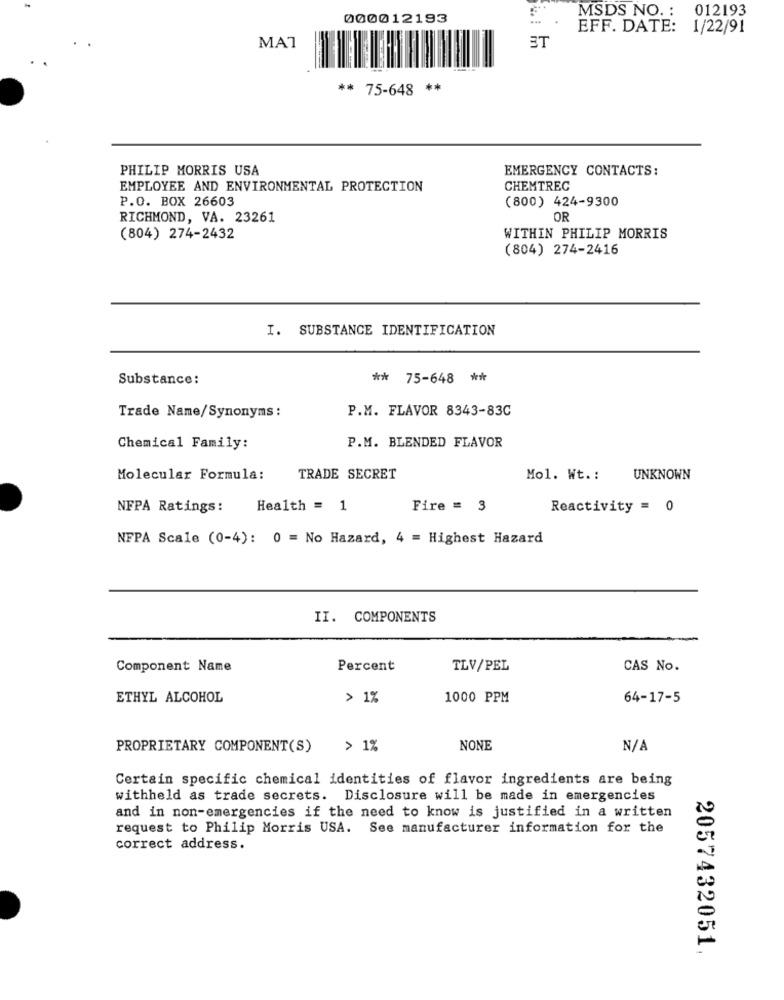
MSDS NO. :
012193
000012193
EFF. DATE: 1/22/91
ET
MA7
** 75-648 **
PHILIP MORRIS USA
EMERGENCY CONTACTS:
EMPLOYEE AND ENVIRONMENTAL PROTECTION
CHEMTREC
P.O. BOX 26603
(800) 424-9300
RICHMOND, VA. 23261
OR
(804) 274-2432
WITHIN PHILIP MORRIS
(804) 274-2416
I. SUBSTANCE IDENTIFICATION
Substance:
** 75-648 **
P.M. FLAVOR 8343-83C
Trade Name/Synonyms :
P.M. BLENDED FLAVOR
Chemical Family:
Molecular Formula:
TRADE SECRET
Mol. Wt .:
UNKNOWN
NFPA Ratings:
Health = 1
Fire = 3
Reactivity = 0
NFPA Scale (0-4): 0 = No Hazard, 4 = Highest Hazard
II. COMPONENTS
Component Name
Percent
TLV/PEL
CAS No.
ETHYL ALCOHOL
> 1%
1000 PPM
64-17-5
PROPRIETARY COMPONENT(S)
> 1%
NONE
Certain specific chemical identities of flavor ingredients are being
withheld as trade secrets. Disclosure will be made in emergencies
and in non-emergencies if the need to know is justified in a written
request to Philip Morris USA. See manufacturer information for the
correct address.
2057432051.